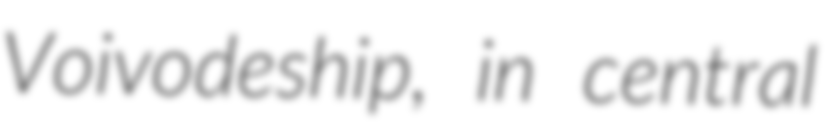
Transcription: Voivodeship, in central